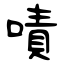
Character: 嘖